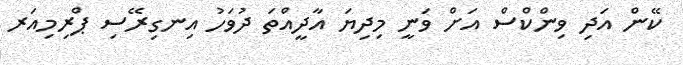
ކޭން އަދި ވިންކްސް އަށް ވަނީ މިދިޔަ އާދީއްތަ ދުވަހު އިނގިރޭސި ޕްރިމިއަރ